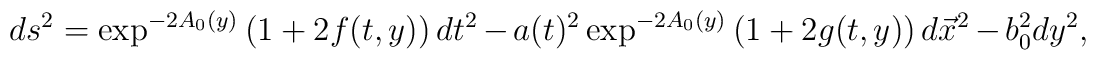
ds^2=\exp^{-2A_0(y)}\left(1+2 f(t,y)\right)dt^2-a(t)^2\exp^{-2A_0(y)}\left(1+2 g(t,y)\right) d \vec{x}^2-b_0^2 dy^2,